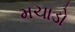
મચાડો